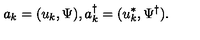
a _ { k } = ( u _ { k } , \Psi ) , a _ { k } ^ { \dagger } = ( u _ { k } ^ { * } , \Psi ^ { \dagger } ) .